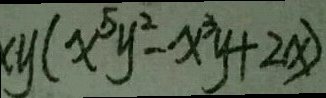
x y ( x ^ { 5 } y ^ { 2 } - x ^ { 3 } y + 2 x )